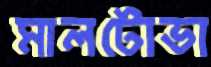
মালটোভা